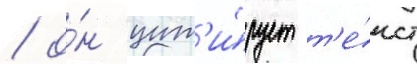
/ о́н цит'и́рует т'е́кст